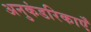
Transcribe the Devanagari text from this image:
अनुकंडरिकाएँ